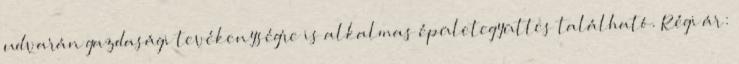
udvarán gazdasági tevékenységre is alkalmas épületegyüttes található. Régi ár: